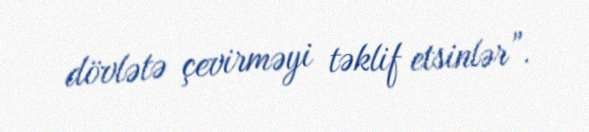
dövlətə çevirməyi təklif etsinlər”.